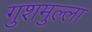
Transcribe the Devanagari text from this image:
गुशमुल्ला